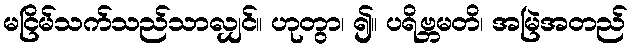
မငြိမ်သက်သည်သာလျှင်။ ဟုတွာ၊ ၍။ ပရိဗ္ဘမတိ၊ အမြဲအတည်